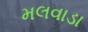
મલવાડા